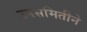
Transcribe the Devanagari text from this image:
उपसमितीने